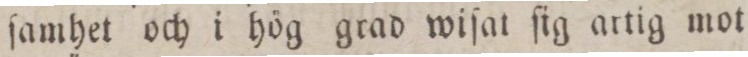
ſamhet och i hög grad wiſat ſig artig mot